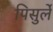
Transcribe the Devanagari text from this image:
पिसुर्ले